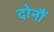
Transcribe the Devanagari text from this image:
दोनौं